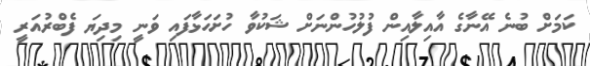
ކަމަށް ބުނެ އޭނާގެ އާއިލާއިން ފުލުހުންނަށް ޝަކުވާ ހުށަހަޅާފައި ވަނީ މިދިޔަ ފެބްރުއަރީ